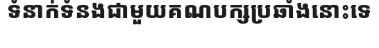
ទំនាក់ទំនងជាមួយគណបក្សប្រឆាំងនោះទេ